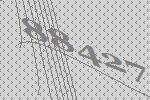
88427